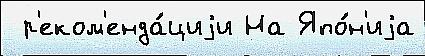
 р'еком'енда́циjи На Япо́н'иjа